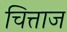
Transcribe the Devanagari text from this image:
चित्ताज